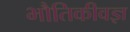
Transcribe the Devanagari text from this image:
भौतिकीवज्ञ